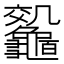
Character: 𪛀